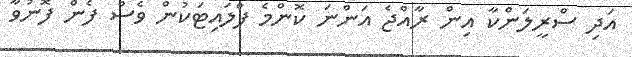
އަދި ސްރީލަންކާ އިން ރާއްޖެ އަންނަ ކޮންމެ ފްލައިޓަކުން ވެސް ފެން ފޮނުވާ